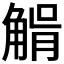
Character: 𧤉